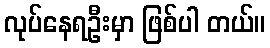
လုပ်နေရဦးမှာ ဖြစ်ပါ တယ်။